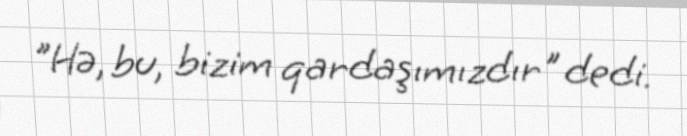
"Hə, bu, bizim qardaşımızdır" dedi.